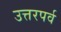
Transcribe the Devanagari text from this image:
उत्तरपर्व